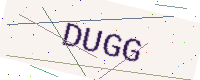
Text: DUGG